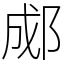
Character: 郕